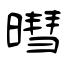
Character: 暳